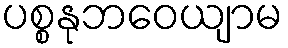
ပစ္စနုဘဝေယျာမ